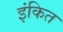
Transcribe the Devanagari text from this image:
इंकित